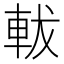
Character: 軷